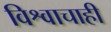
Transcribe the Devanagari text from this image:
विश्वाचाही